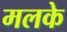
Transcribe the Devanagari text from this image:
मलके